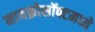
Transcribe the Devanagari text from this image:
मायक्रोसॉफ्टमध्ये